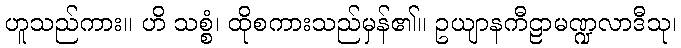
ဟူသည်ကား။ ဟိ သစ္စံ၊ ထိုစကားသည်မှန်၏။ ဥယျာနကီဠာမဏ္ဍလာဒီသု၊